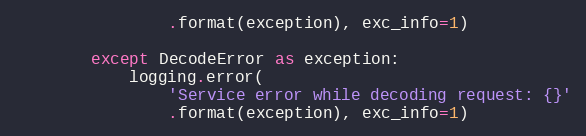
Language: Python
                .format(exception), exc_info=1)

        except DecodeError as exception:
            logging.error(
                'Service error while decoding request: {}'
                .format(exception), exc_info=1)